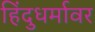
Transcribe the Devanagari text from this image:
हिंदुधर्मावर